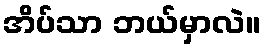
အိပ်သာ ဘယ်မှာလဲ။